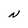
Character: N